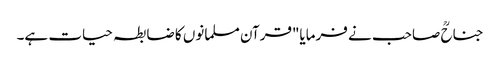
جناحؒ صاحب نے فرمایا"قرآن مسلمانوں کا ضابطہ حیات ہے۔